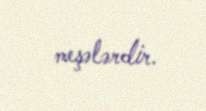
meşələrdir.